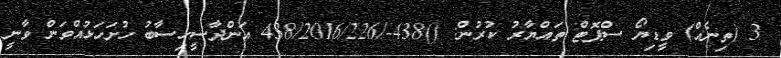
3 (ތިނެއް) ވީޑިޔޯ ސްޕޮޓް ތައްޔާރު ކުރުން: ()438-/438/2016/226 އަންދާސީހިސާބު ހުށަހަޅުއްވަން ވާނީ